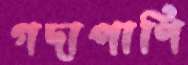
গদাপাণি